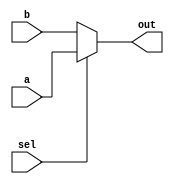

// 
module mux2(a, b, sel, out);    

    input sel;                  
    input a;
    input b;
    output out;
    
    assign out = (sel == 1)?a:b;
 
endmodule


//
module divthree(
    input wire clk,  //
    input wire rst_n,  //
    output wire div_three  //
);
    reg [1:0] cnt;      //
    reg div_clk1;
    reg div_clk2;

    //03
    always @(posedge clk or negedge rst_n) begin
        if (~rst_n) begin
            cnt <= 0;
        end
        else if(cnt == 2)begin
            cnt <= 0;
        end
        else begin
            cnt <= cnt + 1;
        end
    end

    //cnt0
    always @(posedge clk or negedge rst_n)begin
        if(rst_n == 1'b0)begin
            div_clk1 <= 0;
        end
        else if(cnt == 0)begin
            div_clk1 <= ~div_clk1;
        end
        else
            div_clk1 <= div_clk1;
    end

    //cnt2
    always @(negedge clk or negedge rst_n)begin
        if(rst_n == 1'b0)begin
            div_clk2 <= 0;
        end
        else if(cnt == 2)begin
            div_clk2 <= ~div_clk2;
        end
        else
            div_clk2 <= div_clk2;
    end

    
assign div_three = div_clk2 ^ div_clk1;

endmodule